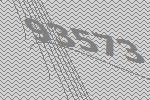
93573